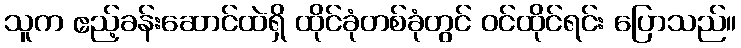
သူက ဧည့်ခန်းဆောင်ထဲရှိ ထိုင်ခုံတစ်ခုံတွင် ဝင်ထိုင်ရင်း ပြောသည်။